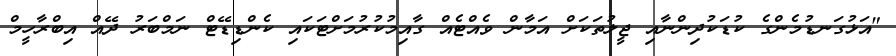
"އަޅުގަނޑުމެންގެ ކުޑަކުދިންނާއި ޖީލުތަކަށް އަމާން ވެއްޓެއް ގާއިމުކުރުމަށްޓަކައި ކެންޑިޑޭޓް ނަމްބަރު ދޭއް އިބްރާހީމް